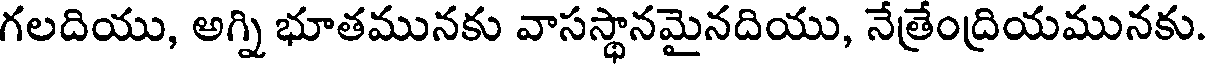
గలదియు, అగ్ని భూతమునకు వాసస్థానమైనదియు, నేత్రేంద్రియమునకు.